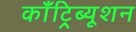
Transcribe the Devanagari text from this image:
काँट्रिब्यूशन